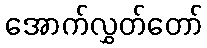
အောက်လွှတ်တော်